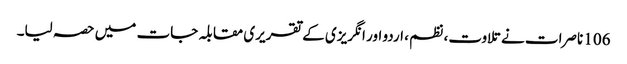
106 ناصرات نے تلاوت، نظم ، اردو اور انگریزی کے تقریری مقابلہ جات میں حصہ لیا۔